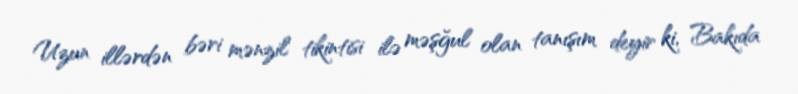
Uzun illərdən bəri mənzil tikintisi ilə məşğul olan tanışım deyir ki, Bakıda